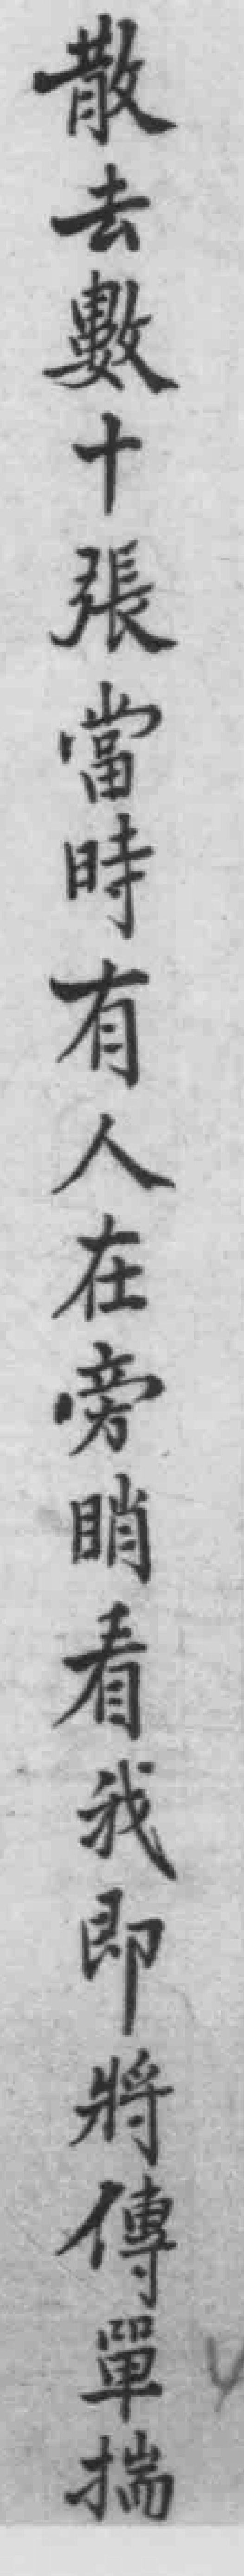
散去數十張當時有人在旁哨看我即將傳單揣